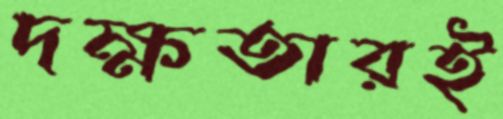
দক্ষতারই